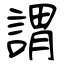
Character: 謂